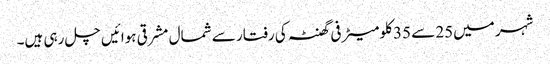
شہر میں25 سے 35 کلومیٹر فی گھنٹہ کی رفتار سے شمال مشرقی ہوائیں چل رہی ہیں۔